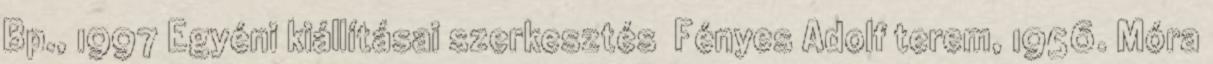
Bp., 1997 Egyéni kiállításai szerkesztés Fényes Adolf terem, 1956. Móra